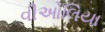
વીઓલિયા